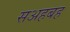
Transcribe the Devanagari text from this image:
सअहबह